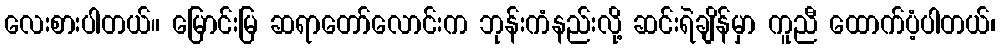
လေးစားပါတယ်။ မြောင်းမြ ဆရာတော်လောင်းက ဘုန်းကံနည်းလို့ ဆင်းရဲချိန်မှာ ကူညီ ထောက်ပံ့ပါတယ်၊